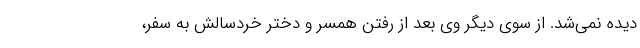
دیده نمی‌شد. از سوی دیگر وی بعد از رفتن همسر و دختر خردسالش به سفر،